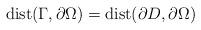
LaTeX: \begin{align*}\mbox{\rm dist}(\Gamma,\partial\Omega) = \mbox{\rm dist}(\partial D,\partial\Omega)\end{align*}